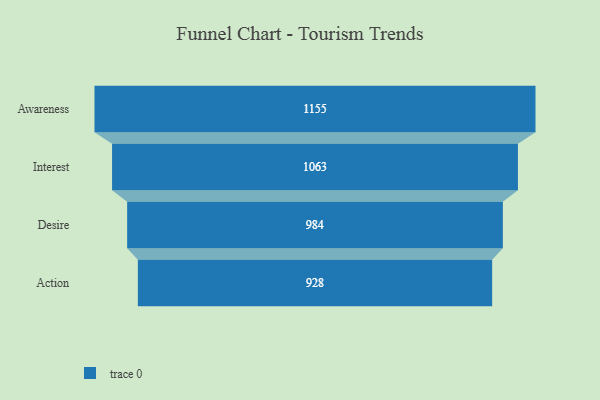
{"axis": {"x": "Stage", "y": "Value"}, "legend": [""], "data": [{"x": "Awareness", "y": 1155.0, "type": ""}, {"x": "Interest", "y": 1063.0, "type": ""}, {"x": "Desire", "y": 984.0, "type": ""}, {"x": "Action", "y": 928.0, "type": ""}]}